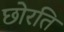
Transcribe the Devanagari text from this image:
छोरति